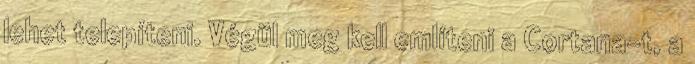
lehet telepíteni. Végül meg kell említeni a Cortana-t, a